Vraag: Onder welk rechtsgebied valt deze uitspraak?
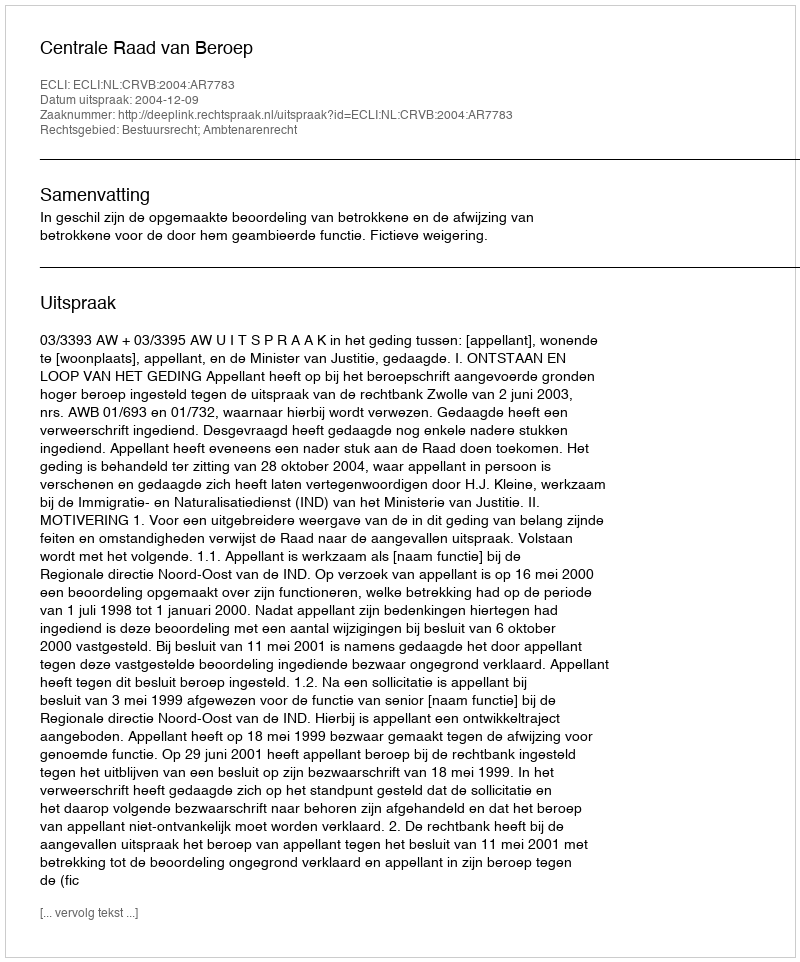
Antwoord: Bestuursrecht; Ambtenarenrecht